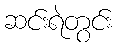
ဆင်းရဲတွင်း